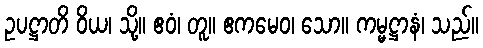
ဥပဋ္ဌာတိ ဝိယ၊ သို့။ ဧဝံ၊ တူ။ ဧကမေဝ၊ သော။ ကမ္မဋ္ဌာနံ၊ သည်။